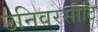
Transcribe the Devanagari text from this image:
उनिवरसीटि